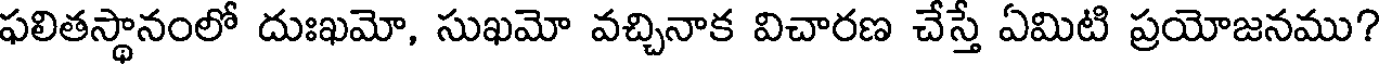
ఫలితస్థానంలో దుఃఖమో, సుఖమో వచ్చినాక విచారణ చేస్తే ఏమిటి ప్రయోజనము?